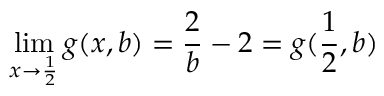
\operatorname* { l i m } _ { x \to \frac { 1 } { 2 } } g ( x , b ) = \frac { 2 } { b } - 2 = g ( \frac { 1 } { 2 } , b )